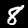
Digit: 8